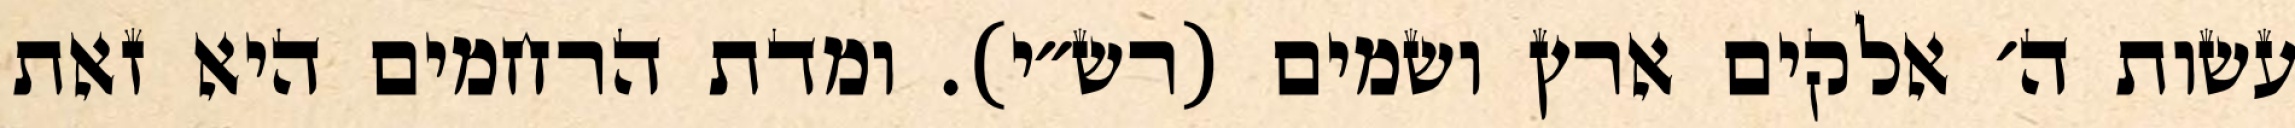
עשות ה׳ אלקים ארץ ושמים (רש״י). ומדת הרחמים היא זאת